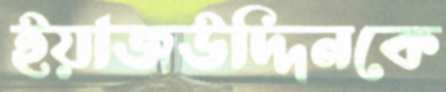
ইয়াজউদ্দিনকে